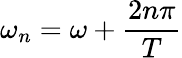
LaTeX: \omega_{n}=\omega+\frac{2n\pi}{T}